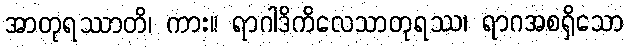
အာတုရဿာတိ၊ ကား။ ရာဂါဒိကိလေသာတုရဿ၊ ရာဂအစရှိသော